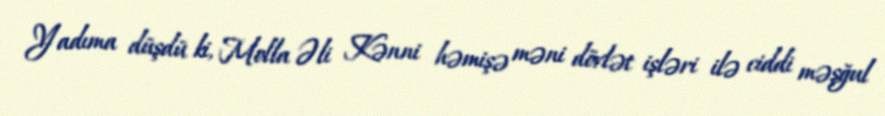
Yadıma düşdü ki, Molla Əli Kənni həmişə məni dövlət işləri ilə ciddi məşğul